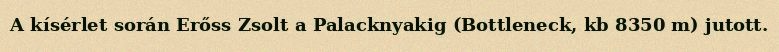
A kísérlet során Erőss Zsolt a Palacknyakig (Bottleneck, kb 8350 m) jutott.